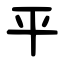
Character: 平